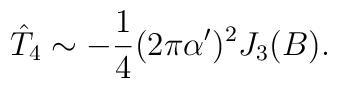
\hat{T}_4 \sim -\frac{1}{4} (2 \pi \alpha')^2 J_3 (B).